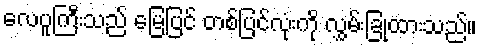
လေပူကြီးသည် မြေပြင် တစ်ပြင်လုံးကို လွှမ်းခြုံထားသည်။